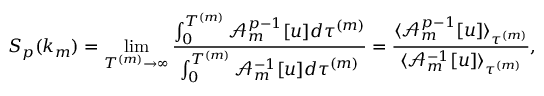
S _ { p } ( k _ { m } ) = \operatorname* { l i m } _ { T ^ { ( m ) } \to \infty } \frac { \int _ { 0 } ^ { T ^ { ( m ) } } \mathcal { A } _ { m } ^ { p - 1 } [ u ] d \tau ^ { ( m ) } } { \int _ { 0 } ^ { T ^ { ( m ) } } \mathcal { A } _ { m } ^ { - 1 } [ u ] d \tau ^ { ( m ) } } = \frac { \langle \mathcal { A } _ { m } ^ { p - 1 } [ u ] \rangle _ { \tau ^ { ( m ) } } } { \langle \mathcal { A } _ { m } ^ { - 1 } [ u ] \rangle _ { \tau ^ { ( m ) } } } ,